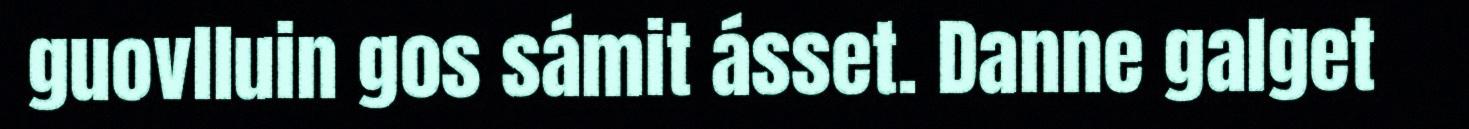
guovlluin gos sámit ásset. Danne galget